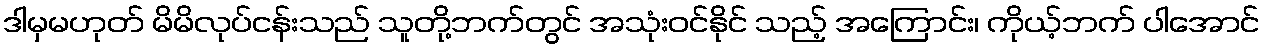
ဒါမှမဟုတ် မိမိလုပ်ငန်းသည် သူတို့ဘက်တွင် အသုံးဝင်နိုင် သည့် အကြောင်း၊ ကိုယ့်ဘက် ပါအောင်